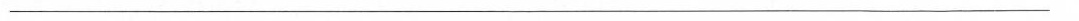
______